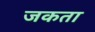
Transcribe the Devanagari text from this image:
जकता